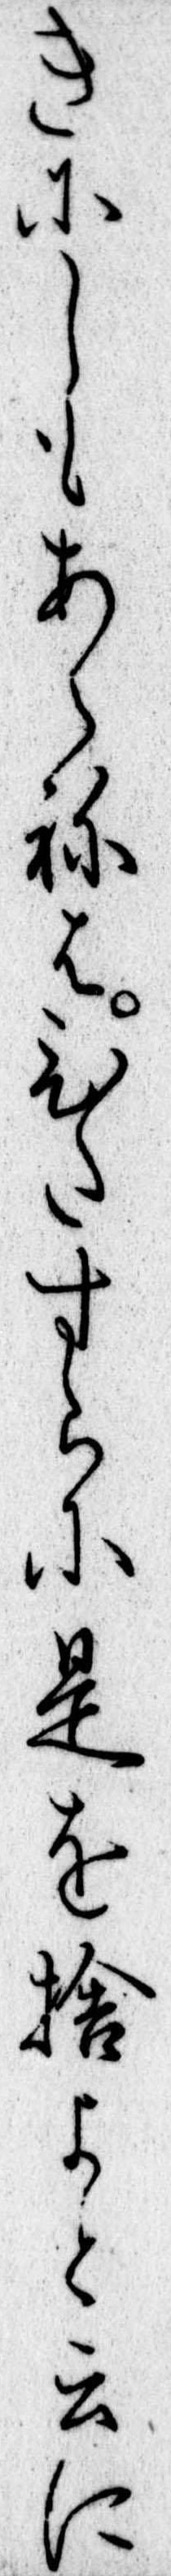
きにしもあらねはひたすらに是を捨よと云に